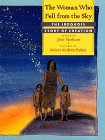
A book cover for The Woman Who Fell from the Sky: The Iroquois Story of Creation; John Bierhorst; Children's Books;